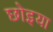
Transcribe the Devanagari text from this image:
छोइया